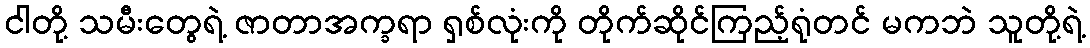
ငါတို့ သမီးတွေရဲ့ ဇာတာအက္ခရာ ရှစ်လုံးကို တိုက်ဆိုင်ကြည့်ရုံတင် မကဘဲ သူတို့ရဲ့